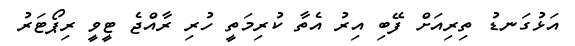
އަޅުގަނޑު ތިރިއަށް ފޭބި އިރު އެތާ ކުރިމަތީ ހުރި ރާއްޖެ ޓީވީ ރިޕޯޓަރު